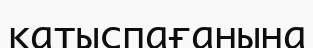
қатыспағанына